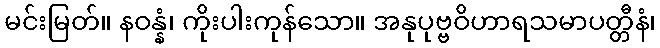
မင်းမြတ်။ နဝန္နံ၊ ကိုးပါးကုန်သော။ အနုပုဗ္ဗဝိဟာရသမာပတ္တီနံ၊